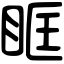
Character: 眶